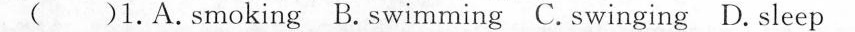
( )1.A.Smoking B.Swimming C. Swinging D.Sleep